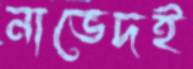
নাভেদই